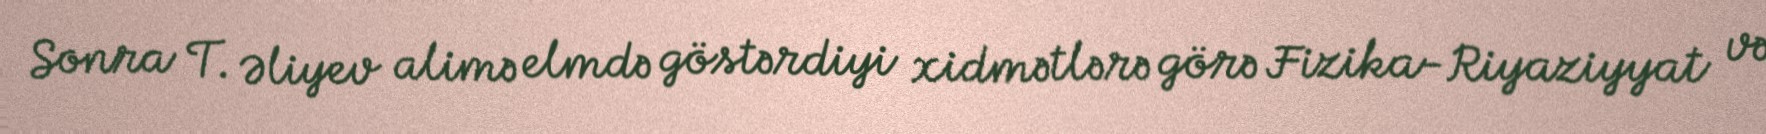
Sonra T. Əliyev alimə elmdə göstərdiyi xidmətlərə görə Fizika-Riyaziyyat və